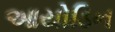
આયોડિન